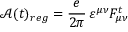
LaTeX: { \mathcal A } ( t ) _ { r e g } = \frac { e } { 2 \pi } \, \varepsilon ^ { \mu \nu } F _ { \mu \nu } ^ { t }